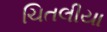
ચિતલીયા